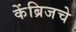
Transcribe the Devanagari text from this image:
केंब्रिजचे